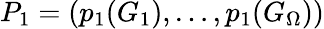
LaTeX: P_{1}=(p_{1}(G_{1}),\dots,p_{1}(G_{\Omega}))